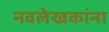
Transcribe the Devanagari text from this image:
नवलेखकांना